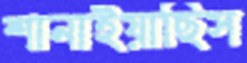
শানাইয়াছিস